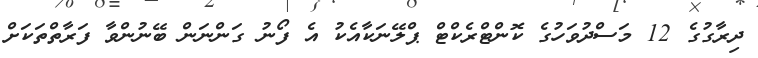
ދިރާގުގެ 12 މަސްދުވަހުގެ ކޮންޓްރެކްޓް ޕްލޭނަކާއެކު އެ ފޯނު ގަންނަން ބޭނުންވާ ފަރާތްތަކަށް